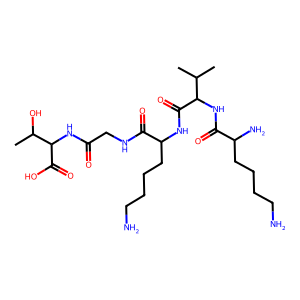
SMILES: CC(C)C(NC(=O)C(N)CCCCN)C(=O)NC(CCCCN)C(=O)NCC(=O)NC(C(=O)O)C(C)O
Inhibits HIV replication: No